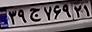
۳۹ج۷۶۹۲۱